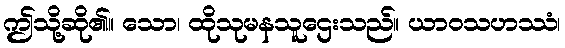
ဤသို့ဆို၏။ သော၊ ထိုသုမနသူဌေးသည်။ ယာဝသဟဿံ၊